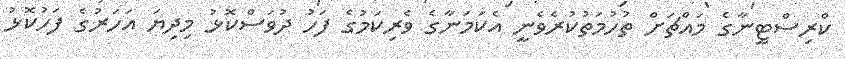
ކްރިސްޓީނާގެ މައްޗަށް ތުހުމަތުކުރެވެނީ އެކަމަނާގެ ވެރިކަމުގެ ފަހު ދުވަސްކޮޅު މިދިޔަ އަހަރުގެ ފަހުކޮޅު